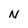
Character: N